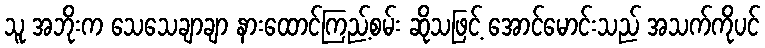
သူ အဘိုးက သေသေချာချာ နားထောင်ကြည့်စမ်း ဆိုသဖြင့် အောင်မောင်းသည် အသက်ကိုပင်